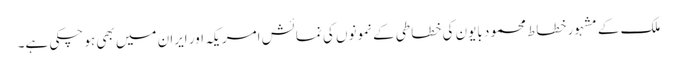
ملک کے مشہور خطاط محمود بایون کی خطاطی کے نمونوں کی نمائش امریکہ اور ایران میں بھی ہو چکی ہے۔